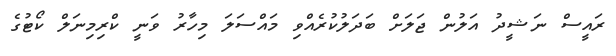
ރައީސް ނަޝީދު އަލުން ޖަލަށް ބަދަލުކުރެއްވި މައްސަލަ މިހާރު ވަނީ ކްރިމިނަލް ކޯޓުގެ